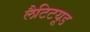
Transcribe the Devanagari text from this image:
लैटिटयूड